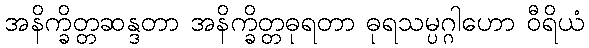
အနိက္ခိတ္တဆန္ဒတာ အနိက္ခိတ္တဓုရတာ ဓုရသမ္ပဂ္ဂါဟော ဝီရိယံ